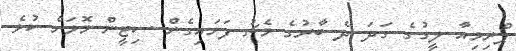
ޕްރިމިއާ ލީގުގެ ގަދަ ދެ ބާރުގެ މެޗު ފަށައިގެން ސިޓީން މޮޅަށް ކުޅެ